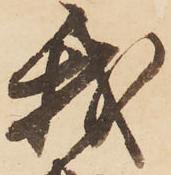
我